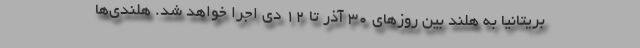
بریتانیا به هلند بین روزهای 30 آذر تا 12 دی اجرا خواهد شد. هلندی‌ها